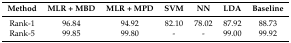
<table><thead><tr><td><b>Method</b></td><td><b>MLR + MBD</b></td><td><b>MLR + MPD</b></td><td><b>SVM</b></td><td><b>NN</b></td><td><b>LDA</b></td><td><b>Baseline</b></td></tr></thead><tbody><tr><td>Rank-1</td><td>96.84</td><td>94.92</td><td>82.10</td><td>78.02</td><td>87.92</td><td>88.73</td></tr><tr><td>Rank-5</td><td>99.85</td><td>99.80</td><td>-</td><td>-</td><td>99.00</td><td>99.92</td></tr></tbody></table>